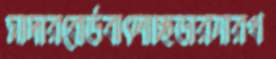
মাদারবোর্ডবাৎলাচ্ছডারনারখ